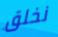
نخلق